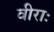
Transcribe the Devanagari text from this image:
वीराः